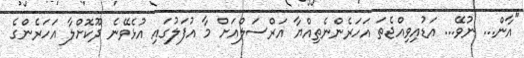
"އާން... ނުވޭ... އަޑުއިވިއްޖެތަ އަހަރެންނެތިއްޔާ އަރްސަލްއަށް މާ އުފަލުގައި އުޅެވޭނެ ދޫކޮށްލާ އަހަރެންގެ